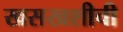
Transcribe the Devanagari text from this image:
खसखशीची